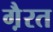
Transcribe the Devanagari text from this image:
गै़रत